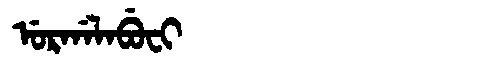
Manchu: ᡠᡵᡤᠠᠯᠠᠪᡠᠸᡳ
Romanization: URGALABUFI